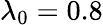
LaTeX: \lambda_{0}=0.8